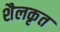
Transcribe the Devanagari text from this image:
शैलकृत